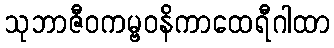
သုဘာဇီဝကမ္ဗဝနိကာထေရီဂါထာ